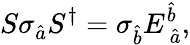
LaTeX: S\sigma_{\hat{a}}S^{\dagger}=\sigma_{\hat{b}}E_{\mathrm{~}\hat{a}}^{\hat{b}},